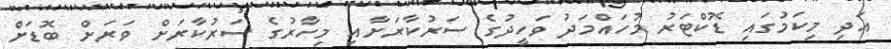
އަދި މިކަމުގައި ޑޮކްޓަރު މުހައްމަދު ވަހީދުގެ ސަރުކާރަށާއި މިހާރުގެ ސަރުކާރަށް ވަރަށް ބޮޑަށް